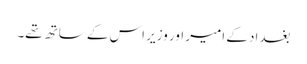
بغداد کے امیر اور وزیر اس کے ساتھ تھے۔